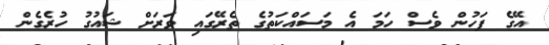
އޭގެ ފަހުން ވެސް ހަމަ އެ މަސައްކަތުގެ ތެރޭގައި ވަރަށް ޝައުގު ހުރެގެން